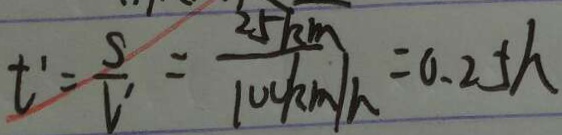
t ^ { \prime } = \frac { S } { V } = \frac { 2 5 k m } { 1 0 0 k m / h } = 0 . 2 5 h